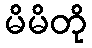
မိမိတို